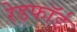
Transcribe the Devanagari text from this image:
रेडफाॅर्ड